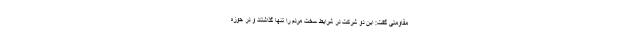
مقاومتی گفت: این دو شرکت در شرایط سخت مردم را تنها گذاشتند و در حوزه